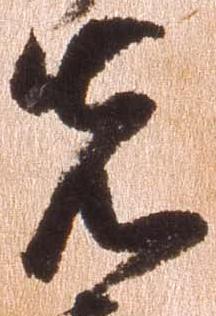
先